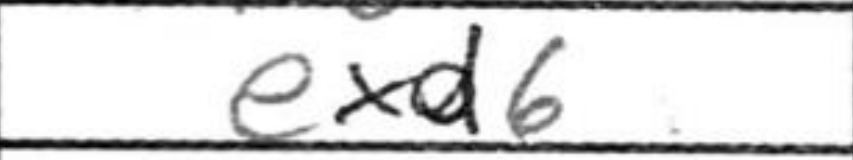
Transcription: exd6